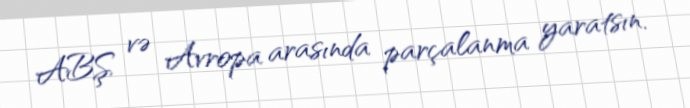
ABŞ və Avropa arasında parçalanma yaratsın.